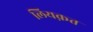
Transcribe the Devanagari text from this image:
लियक़त